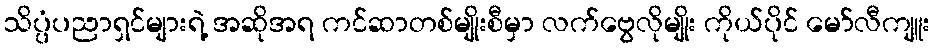
သိပ္ပံပညာရှင်များရဲ့ အဆိုအရ ကင်ဆာတစ်မျိုးစီမှာ လက်ဗွေလိုမျိုး ကိုယ်ပိုင် မော်လီကျူး